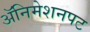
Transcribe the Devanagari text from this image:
अॅनिमेशनपट